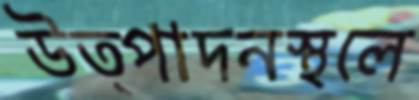
উত্পাদনস্থলে